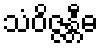
သံဝိဇ္ဇန္တီဓ